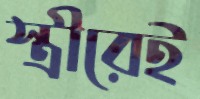
স্ত্রীরেই